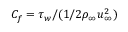
C _ { f } = \tau _ { w } / ( 1 / 2 \rho _ { \infty } u _ { \infty } ^ { 2 } )